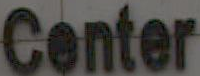
Center